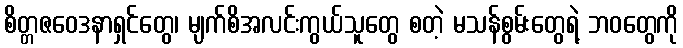
စိတ္တဇဝေဒနာရှင်တွေ၊ မျက်စိအလင်းကွယ်သူတွေ စတဲ့ မသန်စွမ်းတွေရဲ့ ဘဝတွေကို